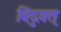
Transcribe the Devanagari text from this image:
बिंदुवत्